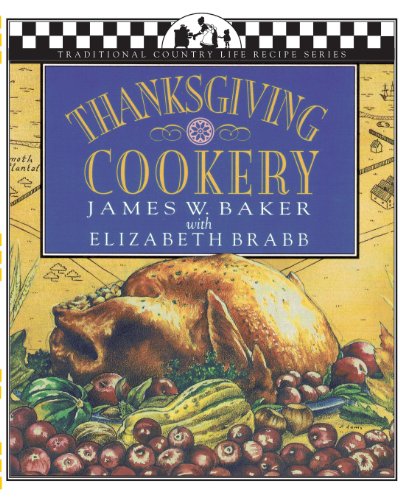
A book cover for Thanksgiving Cookery (Traditional Country Life Recipe S); Elizabeth Brabb; Cookbooks, Food & Wine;